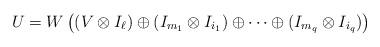
LaTeX: \begin{align*}U=W\left((V\otimes I_\ell)\oplus (I_{m_1}\otimes I_{i_1})\oplus\dots\oplus (I_{m_q}\otimes I_{i_q})\right)\end{align*}